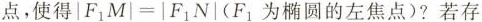
点，使得$$|F_{1}M|=|F_{1}}N|$$(F_{1}为椭圆的左焦点)?若存